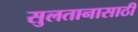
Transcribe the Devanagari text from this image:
सुलतानासाठी